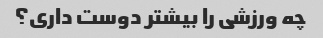
چه ورزشی را بیشتر دوست داری؟